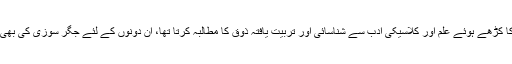
ادب کا دو رخ جہاں محاسن کی تلاش ہونا چاہئے تھی وہ اس کا کڑھے ہوئے علم اور کلاسیکی ادب سے شناسائی اور تربیت یافتہ ذوق کا مطالبہ کرتا تھا، ان دونوں کے لئے جگر سوزی کی بھی ضرورت تھی ارو ایک خاص طرح کی لطافت ذہنی کی بھی۔